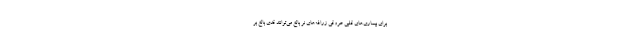
برای بیماری‌های قلبی عروقی زرافه‌های نر بالغ می‌توانند قدی بالغ بر